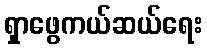
ရှာဖွေကယ်ဆယ်ရေး